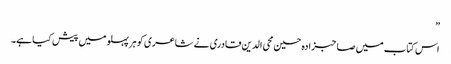
”
اس کتاب میں صاحبزادہ حسین محی الدین قادری نے شاعری کو ہر پہلو میں پیش کیا ہے۔